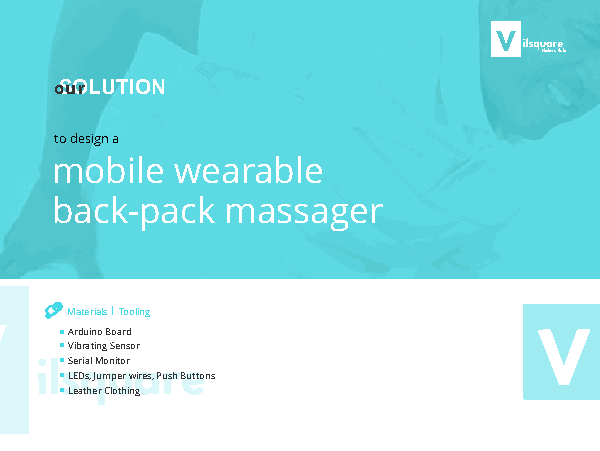
Makers’ Hub
 oSuOrLUTION
 to design a
 mobile   wearable
 back-pack   massager
 Materials | Tooling
 Arduino Board
 Vibrating Sensor
 Serial Monitor
 LEDs, Jumper wires, Push Buttons
 Leather Clothing